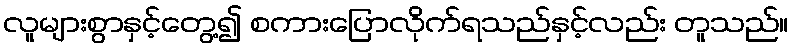
လူများစွာနှင့်တွေ့၍ စကားပြောလိုက်ရသည်နှင့်လည်း တူသည်။